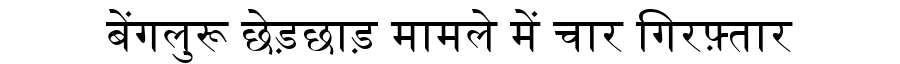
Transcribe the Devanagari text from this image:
बेंगलुरू छेड़छाड़ मामले में चार गिरफ़्तार